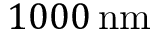
1 0 0 0 \, \mathrm { n m }